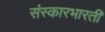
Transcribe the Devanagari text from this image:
संस्कारभारती